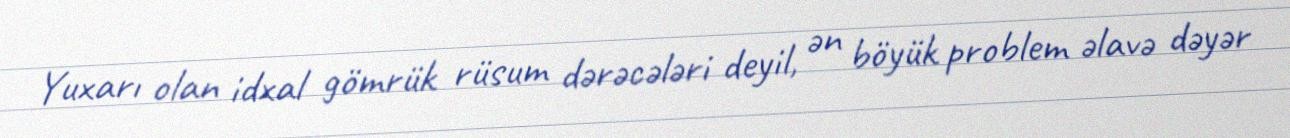
Yuxarı olan idxal gömrük rüsum dərəcələri deyil, ən böyük problem əlavə dəyər